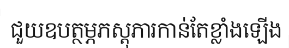
ជួយឧបត្ថម្ភភស្តុភារកាន់តែខ្លាំងឡើង